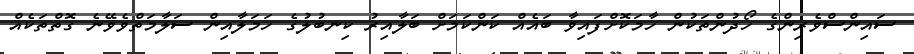
ސައިންސްވެރިންގެ ހޯދުންތަކުން ހާމަކޮށްފައިވާ ބައެއް ކަންކަމަށް ބަލާއިރު ކިނބުލުގެ ހަމަލާއިން ސަލާމަތްވެވޭނެ ގޮތްތަކެއް